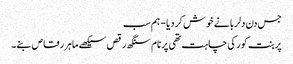
جس دن دلربا نے خوش کردیا - ہم سب
پربنت کور کی چاہت تھی پرنام سنگھ رقص سیکھے ماہر رقاص بنے۔